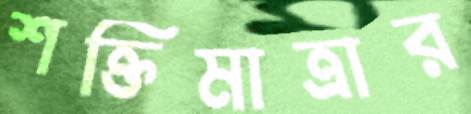
শক্তিমাত্রার